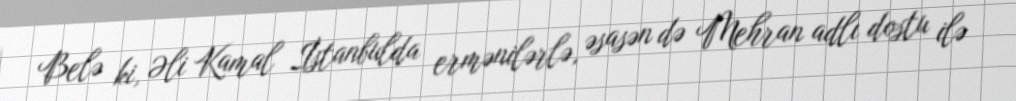
Belə ki, Əli Kamal İstanbulda ermənilərlə, əsasən də Mehran adlı dostu ilə